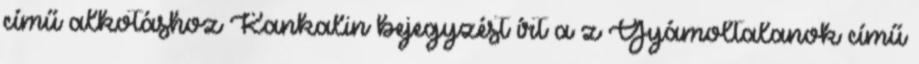
című alkotáshoz Kankalin bejegyzést írt a z Gyámoltalanok című